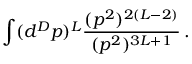
\int ( d ^ { D } p ) ^ { L } { \frac { ( p ^ { 2 } ) ^ { 2 ( L - 2 ) } } { ( p ^ { 2 } ) ^ { 3 L + 1 } } } \, .